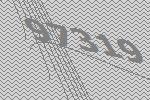
97319